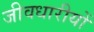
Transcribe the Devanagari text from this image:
जीवधारीयों